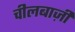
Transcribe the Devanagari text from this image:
चीलबाज़ी